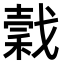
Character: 𢧺